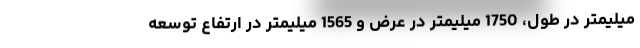
میلیمتر در طول، 1750 میلیمتر در عرض و 1565 میلیمتر در ارتفاع توسعه